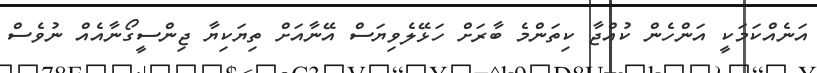
އަނެއްކަމަކީ އަންހެން ކުއްޖާ ކިތަންމެ ބާރަށް ހަޅޭލެވިޔަސް އޭނާއަށް ތިޔަކިޔާ ޖިންސީގޯނާއެއް ނުވެސް